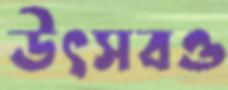
উৎসবও